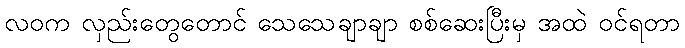
လဝက လှည်းတွေတောင် သေသေချာချာ စစ်ဆေးပြီးမှ အထဲ ဝင်ရတာ